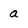
Character: a